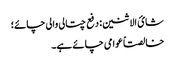
شائ الاثنین: دفع چتالی والی چائے؛
خالصتاً عوامی چائے ہے۔